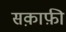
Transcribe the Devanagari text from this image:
सक़ाफ़ी